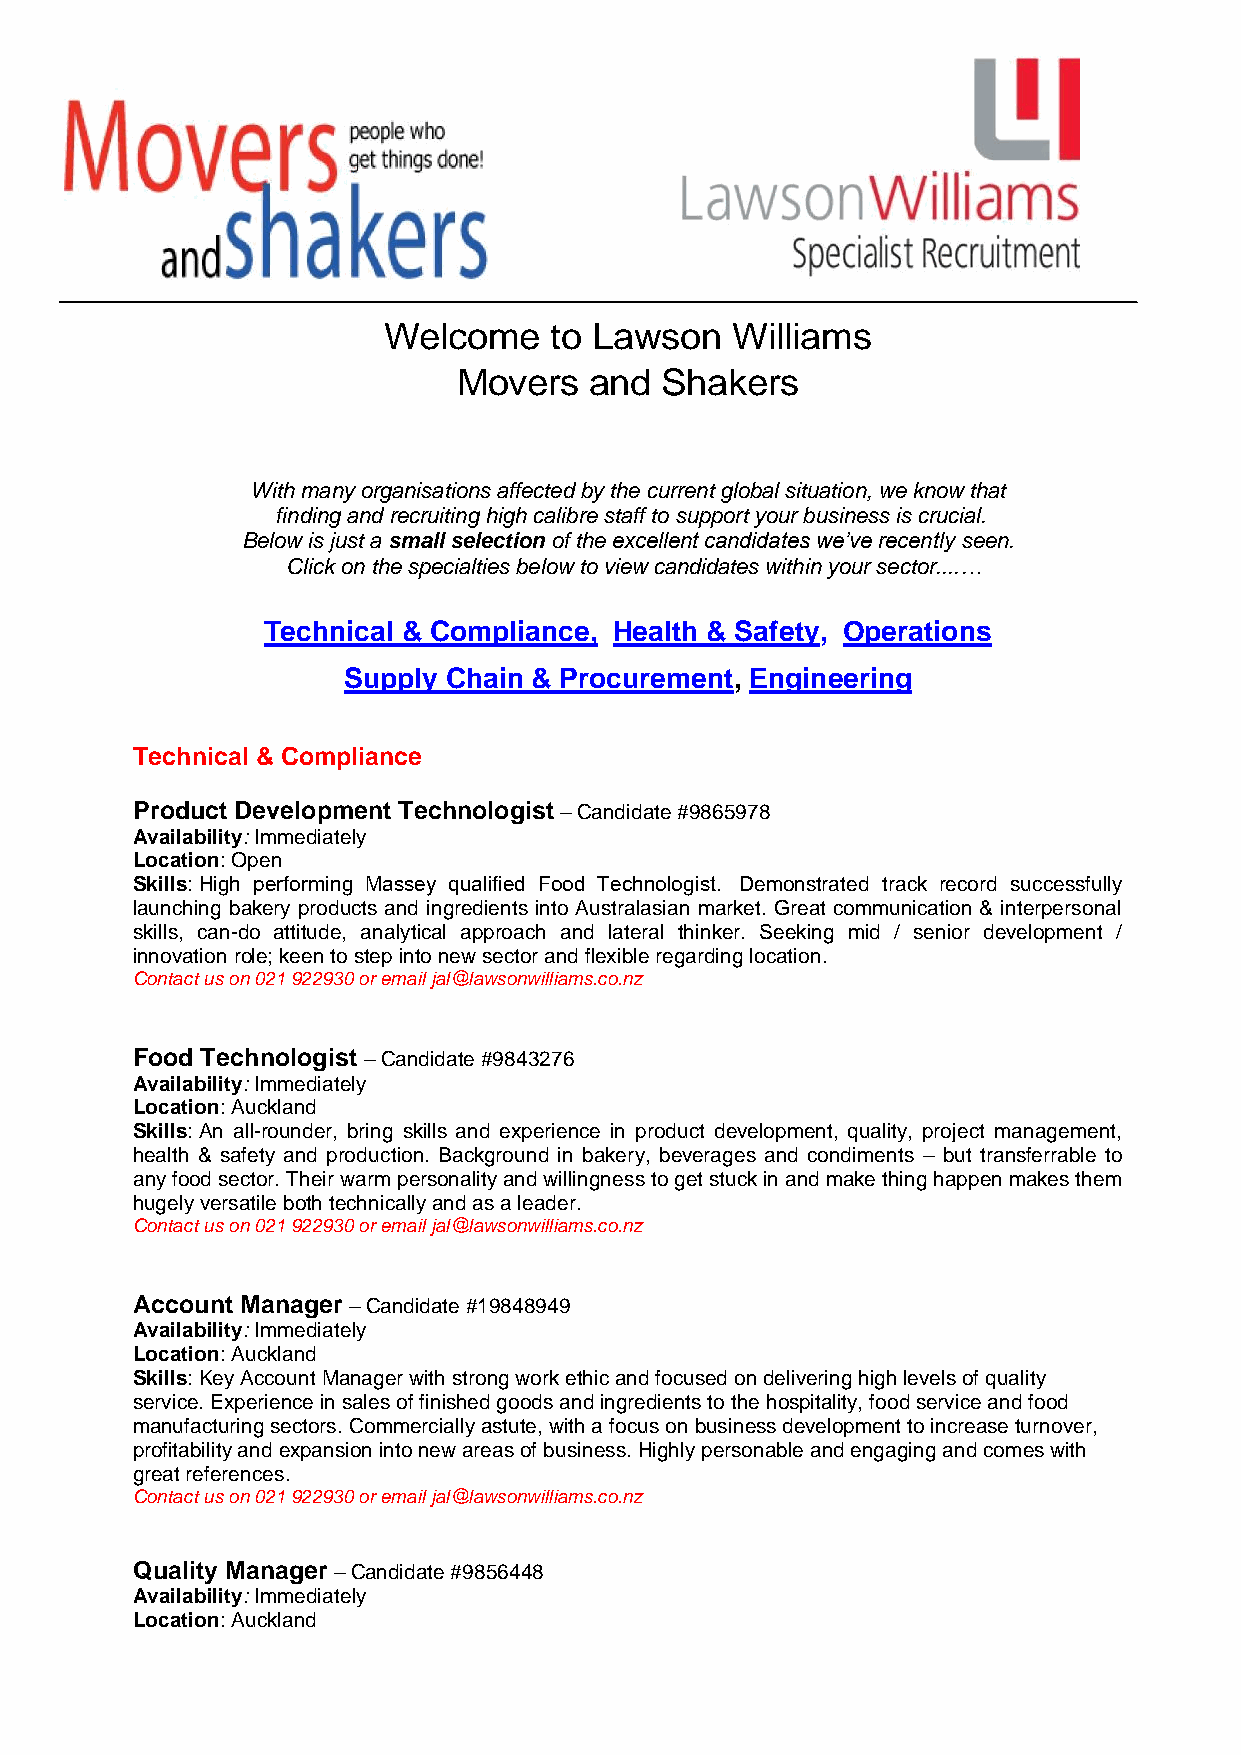
Welcome    to Lawson   Williams
 Movers   and  Shakers
 With many organisations affected by the current global situation, we know that
 finding and recruiting high calibre staff to support your business is crucial.
 Below is just a small selection of the excellent candidates we’ve recently seen.
 Click on the specialties below to view candidates within your sector....…
 Technical & Compliance, Health & Safety, Operations
 Supply Chain & Procurement, Engineering
 Technical & Compliance
 Product Development Technologist – Candidate #9865978
 Availability: Immediately
 Location: Open
 Skills: High performing Massey qualified Food Technologist. Demonstrated track record successfully
 launching bakery products and ingredients into Australasian market. Great communication & interpersonal
 skills, can-do attitude, analytical approach and lateral thinker. Seeking mid / senior development /
 innovation role; keen to step into new sector and flexible regarding location.
 Contact us on 021 922930 or email jal@lawsonwilliams.co.nz
 Food Technologist – Candidate #9843276
 Availability: Immediately
 Location: Auckland
 Skills: An all-rounder, bring skills and experience in product development, quality, project management,
 health & safety and production. Background in bakery, beverages and condiments – but transferrable to
 any food sector. Their warm personality and willingness to get stuck in and make thing happen makes them
 hugely versatile both technically and as a leader.
 Contact us on 021 922930 or email jal@lawsonwilliams.co.nz
 Account Manager – Candidate #19848949
 Availability: Immediately
 Location: Auckland
 Skills: Key Account Manager with strong work ethic and focused on delivering high levels of quality
 service. Experience in sales of finished goods and ingredients to the hospitality, food service and food
 manufacturing sectors. Commercially astute, with a focus on business development to increase turnover,
 profitability and expansion into new areas of business. Highly personable and engaging and comes with
 great references.
 Contact us on 021 922930 or email jal@lawsonwilliams.co.nz
 Quality Manager – Candidate #9856448
 Availability: Immediately
 Location: Auckland